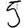
Digit: 5